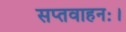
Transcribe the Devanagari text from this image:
सप्तवाहनः।